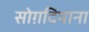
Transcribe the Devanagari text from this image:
सोग़दियाना